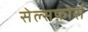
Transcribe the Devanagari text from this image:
सेल्सफ़ोर्स